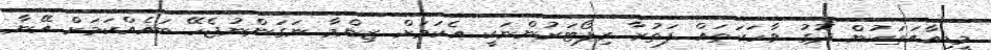
މީޑިއާއަތަކުން ދޮގު ވާހަކަތައް ފަތުރާ ރިޕޯޓަރުންނަކީ އެކަމަށް ޒިންމާ ނަގަންނުޖެހޭ ބައެއްކަމަށް އޭނާ